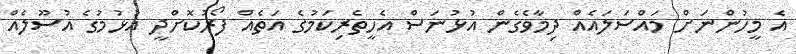
އެ މީހުންނަށް މައްސަލައެއް ދިމާވެގެން އުޅުނަސް އެހީތެރިކަމުގެ އަތެއް ފޯރުކޮށްދީ އުޅުމުގެ އުސޫލެއް